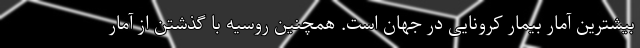
بیشترین آمار بیمار کرونایی در جهان است. همچنین روسیه با گذشتن از آمار